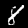
Label: 8